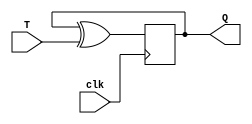
module TFF (output reg Q, input T, input clk);

    initial begin
        Q = 0;
    end

    always @ (posedge clk) begin
        Q <= Q ^ T;
    end
endmodule